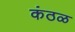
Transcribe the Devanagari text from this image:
कंठळ